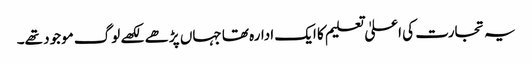
یہ تجارت کی اعلیٰ تعلیم کا ایک ادارہ تھا جہاں پڑھے لکھے لوگ موجود تھے۔